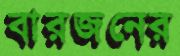
বারজনের